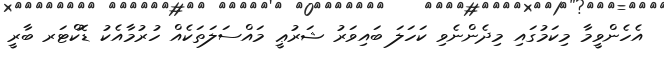
އެހެންވީމާ މިކަމުގައި މިދެންނެވި ކަހަލަ ބައިވަރު ޝަރުޢީ މައްސަލަތަކެއް ހުރުމާއެކު ޑޮކްޓަރ ބާރީ